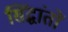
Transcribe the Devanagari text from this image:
सिंद्धांतों